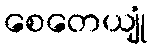
စေတေယျုံ